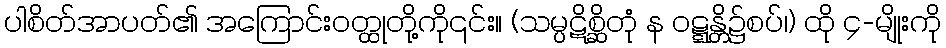
ပါစိတ်အာပတ်၏ အကြောင်းဝတ္ထုတို့ကို၎င်း။ (သမ္ပဋိစ္ဆိတုံ န ဝဋ္ဋန္တိ၌စပ်၊) ထို ၄-မျိုးကို